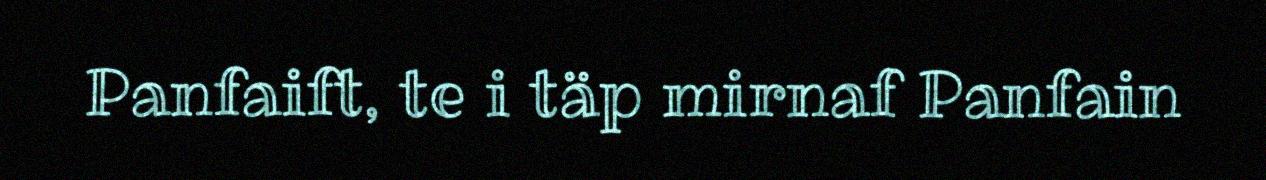
Panfaift, te i täp mirnaf Panfain